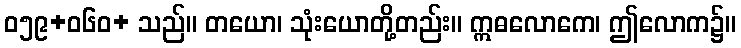
ဝ၅၉+၀၆ဝ+ သည်။ တယော၊ သုံးယောတို့တည်း။ ဣဓလောကေ၊ ဤလောက၌။